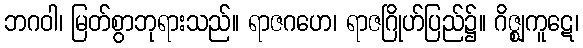
ဘဂဝါ၊ မြတ်စွာဘုရားသည်။ ရာဇဂဟေ၊ ရာဇဂြိုဟ်ပြည်၌။ ဂိဇ္ဈကူဋေ၊